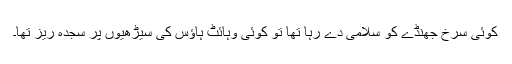
کوئی سرخ جھنڈے کو سلامی دے رہا تھا تو کوئی وہائٹ ہاؤس کی سیڑھیوں پر سجدہ ریز تھا۔